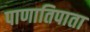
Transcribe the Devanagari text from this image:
पाणातिपाता